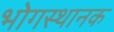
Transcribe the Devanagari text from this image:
भोगस्थानक